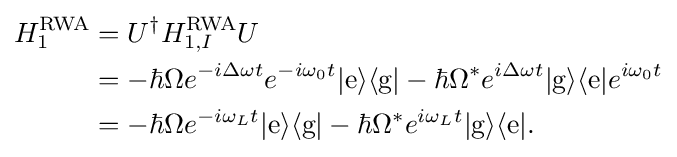
{\begin{aligned}H_{1}^{\text{RWA}}&=U^{\dagger }H_{1,I}^{\text{RWA}}U\\&=-\hbar \Omega e^{-i\Delta \omega t}e^{-i\omega _{0}t}|{\text{e}}\rangle \langle {\text{g}}|-\hbar \Omega ^{*}e^{i\Delta \omega t}|{\text{g}}\rangle \langle {\text{e}}|e^{i\omega _{0}t}\\&=-\hbar \Omega e^{-i\omega _{L}t}|{\text{e}}\rangle \langle {\text{g}}|-\hbar \Omega ^{*}e^{i\omega _{L}t}|{\text{g}}\rangle \langle {\text{e}}|.\end{aligned}}